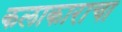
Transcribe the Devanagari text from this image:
कलाकाराचा